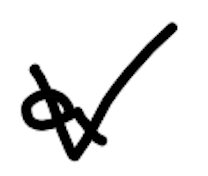
Text: a
Cross-out: zig-zag
Writing tool: digital_black